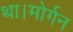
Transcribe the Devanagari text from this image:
था।मोर्गन